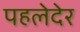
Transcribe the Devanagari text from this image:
पहलेदेर